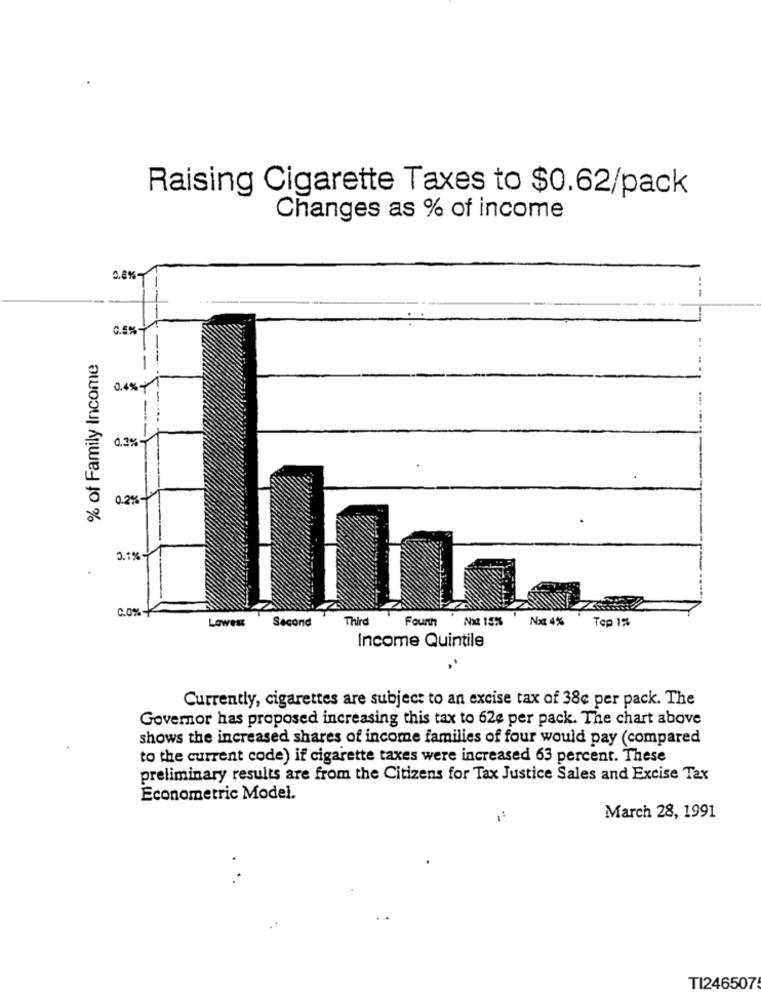
Raising Cigarette Taxes to $0.62/pack
Changes as % of income
0.8%
0.5%
% of Family Income
..
0.4%+1
0.3%
0.2%
0.1%
0.0%+
Lowest
Second
Third
Fourth Nxt 157%
Nx 4%
Top 1%
Income Quintile
Currently, cigarettes are subject to an excise tax of 38e per pack. The
Governor has proposed increasing this tax to 62e per pack. The chart above
shows the increased shares of income families of four would pay (compared
to the current code) if cigarette taxes were increased 63 percent. These
preliminary results are from the Citizens for Tax Justice Sales and Excise Tax
Econometric Model.
March 28, 1991
TI246507